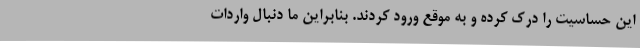
این حساسیت را درک کرده و به موقع ورود کردند. بنابراین ما دنبال واردات